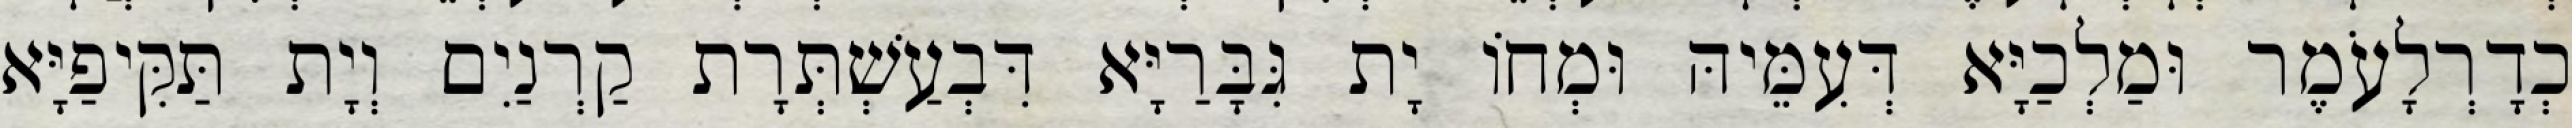
כְדָרְלָעֹמֶר וּמַלְכַיָּא דְּעִמֵּיהּ וּמְחוֹ יָת גִּבָּרַיָּא דִּבְעַשְׁתְּרָת קַרְנַיִם וְיָת תַּקִּיפַיָּא